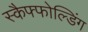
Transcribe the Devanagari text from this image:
स्कैफ्फोल्डिंग